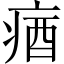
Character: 㾞